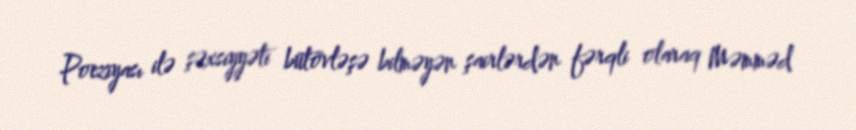
Poeziyası ilə şəxsiyyəti bütövləşə bilməyən şairlərdən fərqli olaraq Məmməd